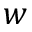
w